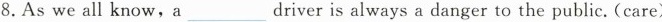
8.As we all know,adriver ____is always a danger to the public. (care)